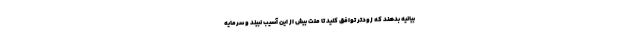
بیانیه بدهند که زودتر توافق کنید تا ملت بیش از این آسیب نبیند و سرمایه